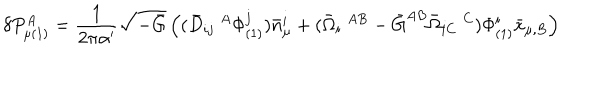
\delta P _ { \mu ( 1 ) } ^ { A } = \frac { 1 } { 2 \pi \alpha ^ { \prime } } \sqrt { - \bar { G } } \left( ( \bar { D } _ { i j } \; ^ { A } \Phi _ { ( 1 ) } ^ { j } ) \bar { n } _ { \mu } ^ { i } + ( \bar { \Omega } _ { i } \; ^ { A B } - \bar { G } ^ { A B } \bar { \Omega } _ { i C } \; ^ { C } ) \Phi _ { ( 1 ) } ^ { i } \bar { x } _ { \mu , B } \right)